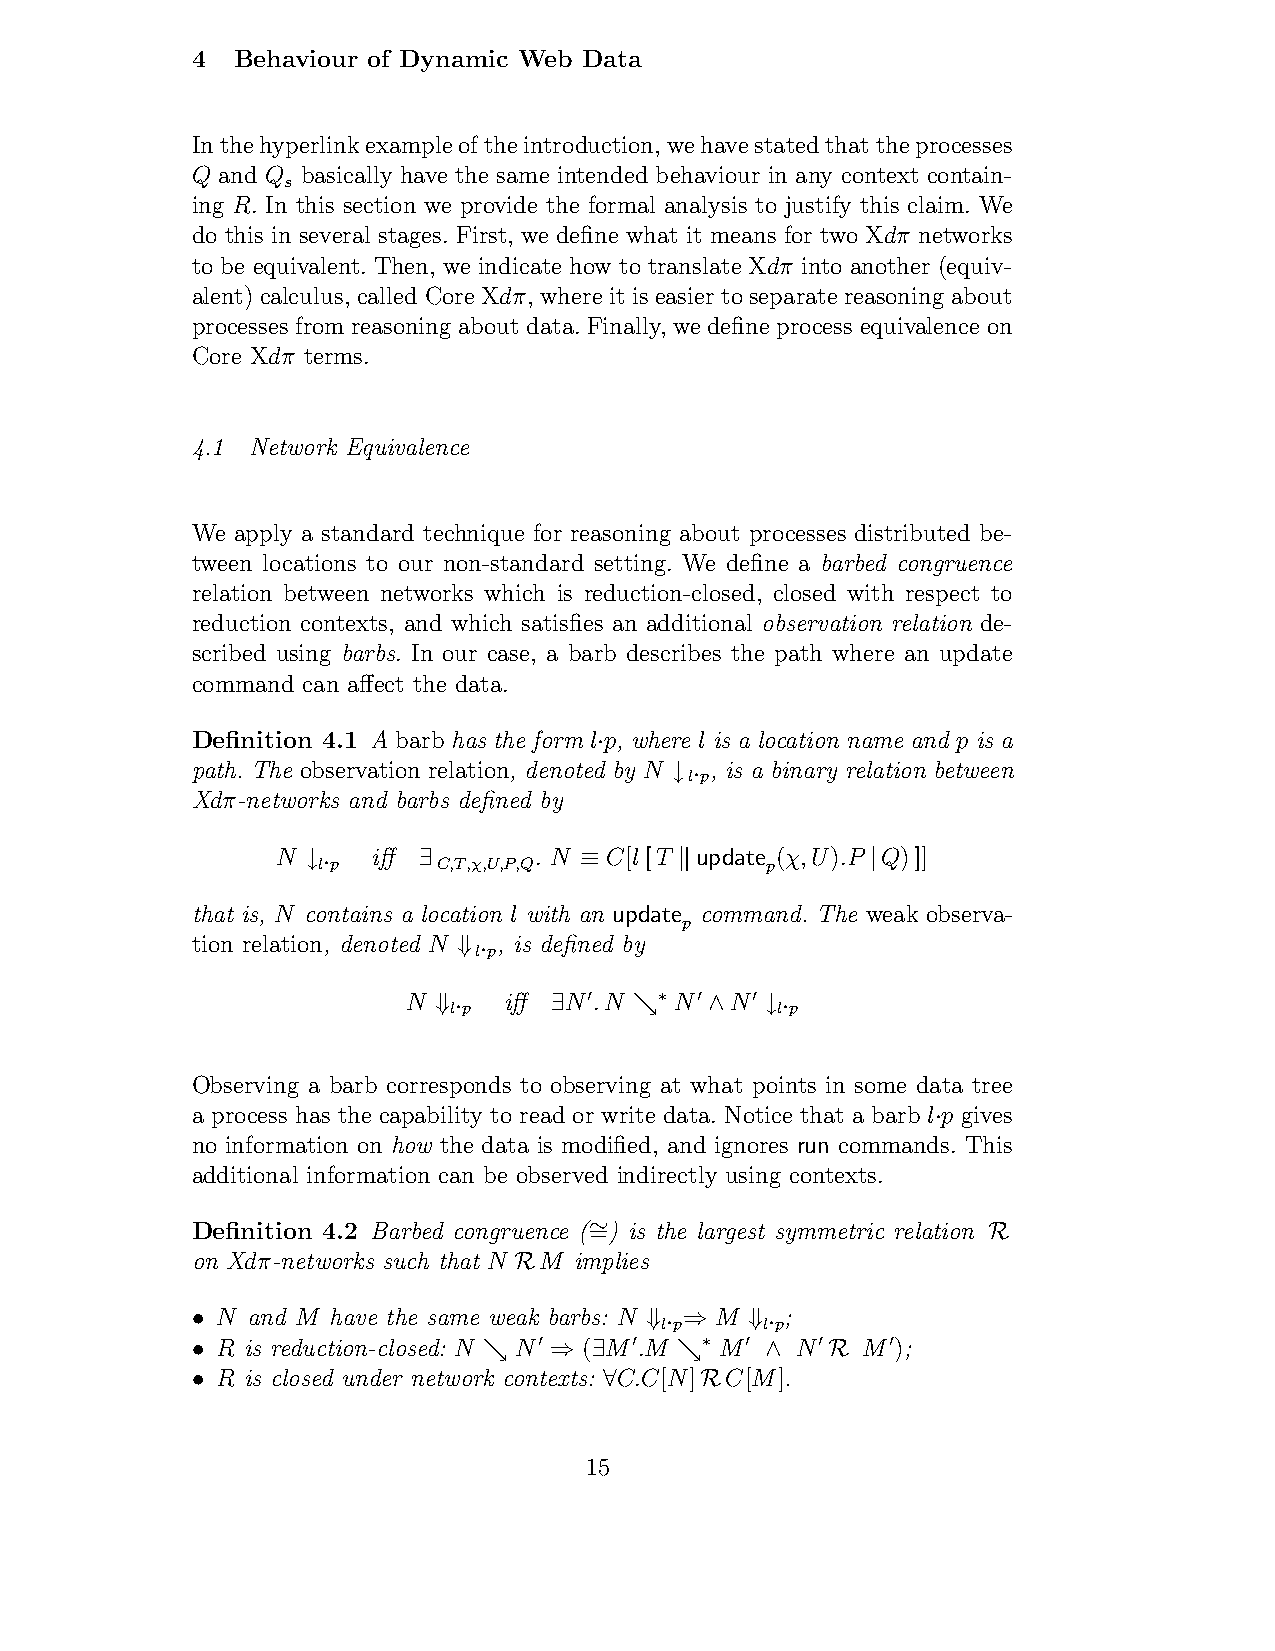
4 Behaviour of Dynamic Web Data
 Inthehyperlinkexampleoftheintroduction,wehavestatedthattheprocesses
 Q and Q basically have the same intended behaviour in any context contain-
 s
 ing R. In this section we provide the formal analysis to justify this claim. We
 do this in several stages. First, we define what it means for two Xdπ networks
 to be equivalent. Then, we indicate how to translate Xdπ into another (equiv-
 alent) calculus, called Core Xdπ, where it is easier to separate reasoning about
 processes from reasoning about data. Finally, we define process equivalence on
 Core Xdπ terms.
 4.1 Network Equivalence
 We apply a standard technique for reasoning about processes distributed be-
 tween locations to our non-standard setting. We define a barbed congruence
 relation between networks which is reduction-closed, closed with respect to
 reduction contexts, and which satisfies an additional observation relation de-
 scribed using barbs. In our case, a barb describes the path where an update
 command can affect the data.
 Definition 4.1 A barb has the form l p, where l is a location name and p is a
 ·
 path. The observation relation, denoted by N , is a binary relation between
 l p
 ↓ ·
 Xdπ-networks and barbs defined by
 N      iff       . N  C[l[T update (χ,U).P Q)]]
 ↓l ·p   ∃C,T,χ,U,P,Q ≡   !     p      |
 that is, N contains a location l with an update command. The weak observa-
 p
 tion relation, denoted N , is defined by
 l p
 ⇓ ·
 N     iff N .N    N  N
 l p      !    ∗ !   ! l p
 ⇓·     ∃     %    ∧   ↓·
 Observing a barb corresponds to observing at what points in some data tree
 a process has the capability to read or write data. Notice that a barb l p gives
 ·
 no information on how the data is modified, and ignores run commands. This
 additional information can be observed indirectly using contexts.
 Definition 4.2 Barbed congruence (=) is the largest symmetric relation
 ∼
 R
 on Xdπ-networks such that N M implies
 R
 N and M have the same weak barbs: N M ;
 l p    l p
 •                             ⇓· ⇒   ⇓·
 R is reduction-closed: N N ( M .M M    N   M );
 !     !    ∗ !    !    !
 •                  %   ⇒  ∃     %     ∧   R
 R is closed under network contexts: C.C[N] C[M].
 •                          ∀     R
 15